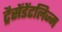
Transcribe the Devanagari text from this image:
ट्रैसेंडेंटलिज्म